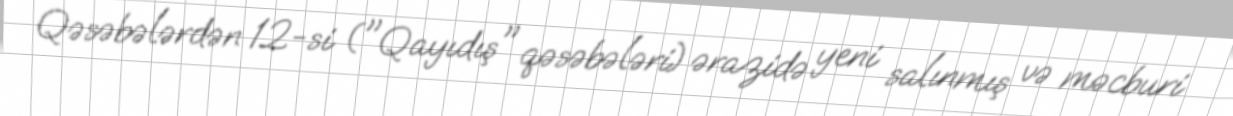
Qəsəbələrdən 12-si ("Qayıdış" qəsəbələri) ərazidə yeni salınmış və məcburi